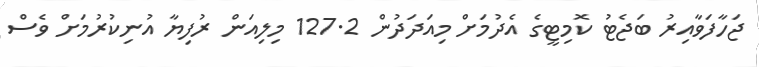
ޖަހާފަވާއިރު ބަޖެޓު ކޮމިޓީގެ އެދުމަށް މިއަދަދުން 127.2 މިލިއަން ރުފިޔާ އުނިކުރުމަށް ވެސް